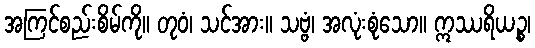
အကြင်စည်းစိမ်ကို။ တုဝံ၊ သင်အား။ သဗ္ဗံ၊ အလုံးစုံသော။ ဣဿရိယဉ္စ၊